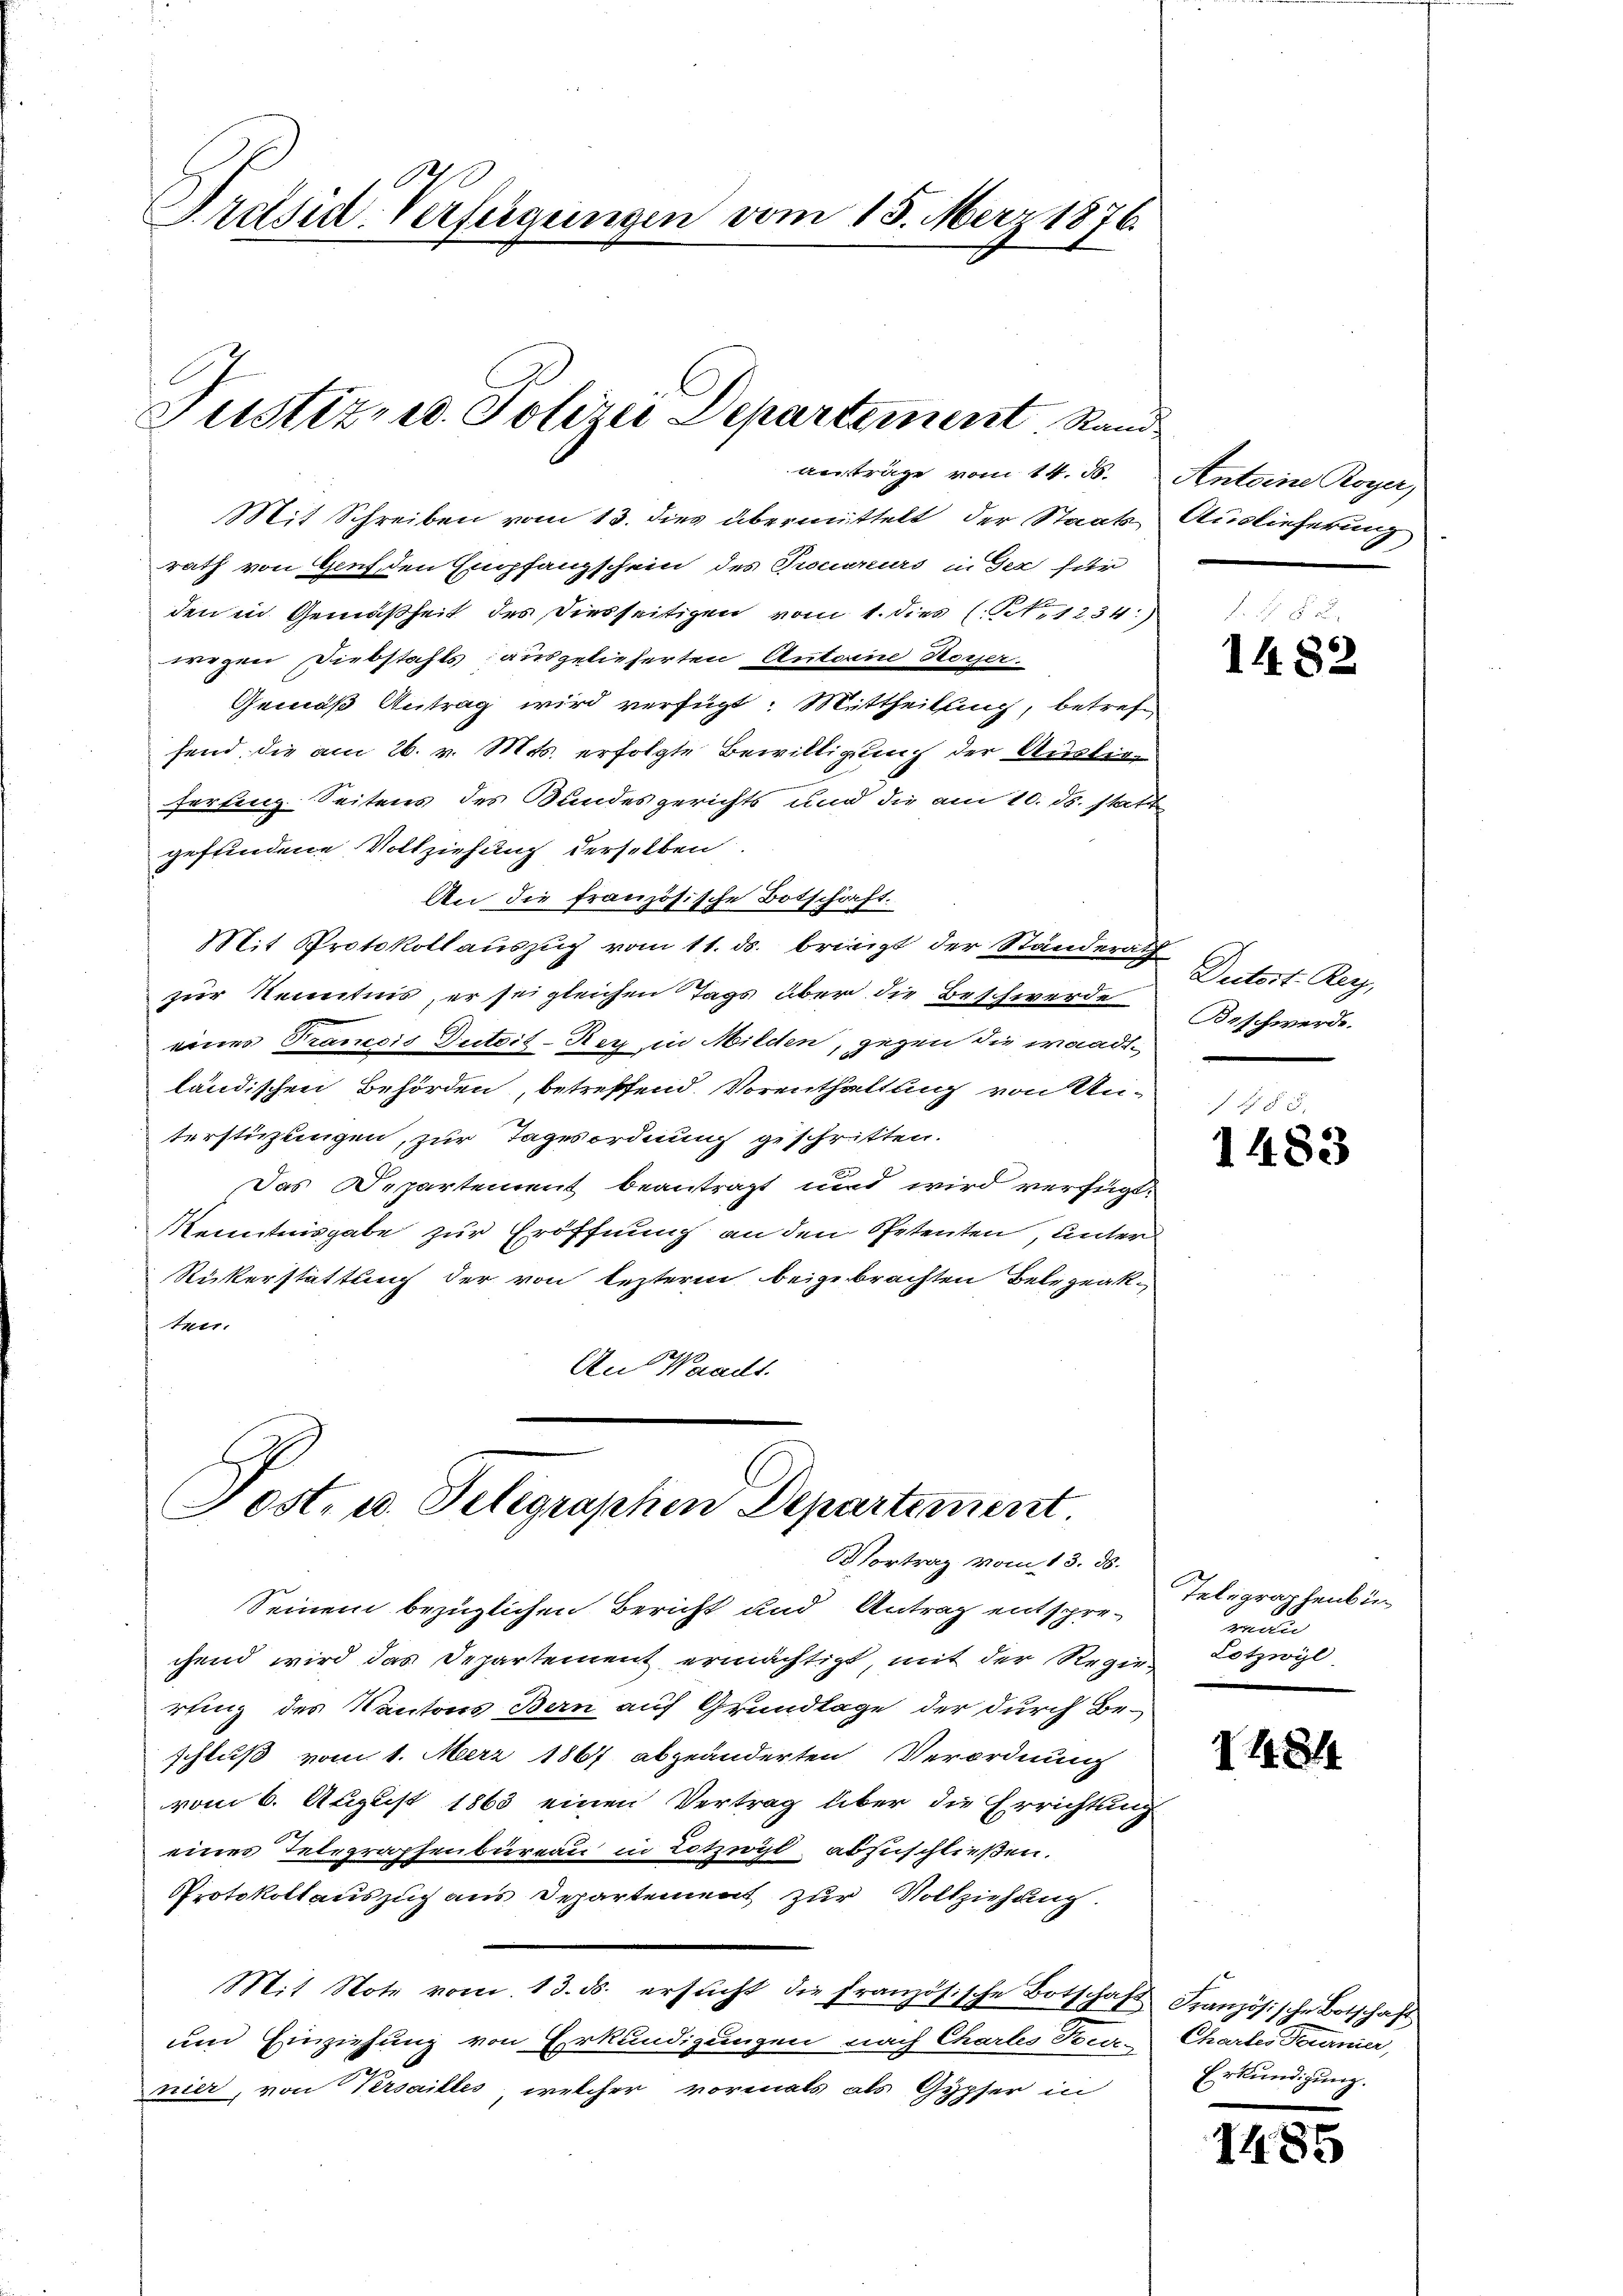
Präsid-Verfügungen vom 15. März 1876

Justiz- u. Polizei Departement, Rand
anträge vom 14. ds. Anteine Royer,

Mit Schreiben vom 13. dies übermittelt der Staats Auslieferung
rath von Genf, den Empfangschein des Trouenurs in der für
den in Gemäßheit des Diesseitigen vom 1. dies (N. 1234:)
wegen Diebstahls ausgelieferten Antoine Rosser.
Gemäß Antrag wird verfügt: Mittheilung, betref
fend die am 26. v. Mts. erfolgte Bewilligung der Ausleiferfung Seitens des Bundesgerichts und die am 10. ds. statt
gefundene Vollziehung derselben
An die französische Botschäft.
Mit Protokoll auszug vom 11. ds. bringt der Standerath
zur Kenntnis, er sei gleichen Tags über die Beschwerde
einer Trancois Dutoit-Rey in Milden, gegen die waadtländischen Behörden, betreffend. Vorenthaltung von An-
terstüzlingen, zur Tageordnung geschritten.
Das Departement beantragt und wird verfügt:
Kenntnisgabe zur Eröffnung an den Spetenten, unter
Rükerstattung der von lezterm beigebrachten Belegenktur.
An Waadt.

Post, u. Telegraphen Departement.
Vortrag vom 13. ds.

Seinem bezüglichen Bericht und Antrag entsprechend wird das Departement ermächtigt, mit der Regie-Lotzwyl
rting des Kantons Bern auf Grundlage der durch Beschluß vom 1. Merz 1867 abgeänderten Verordnung
vom 6. August 1863 einen Vertrag über die Errichtung
eines Telegraphenbureau in Lotzwyl abzuschließen.
Protokollauszug aus Departement zur Vollziehung.
Mit Note vom 13. ds. ersŭcht die französische Botschaft Französische Botschaft
und Einziehung von Erkundigungen nach Chartes Feer- Chartes Former,
nier, von Versailles, welcher vormals als Gypfer in

1482

Ductort: Rerz,
Beschwerde.

14 § 5
1483

Telegraphenbu
reuig

1484

Erkundigung.

14

55